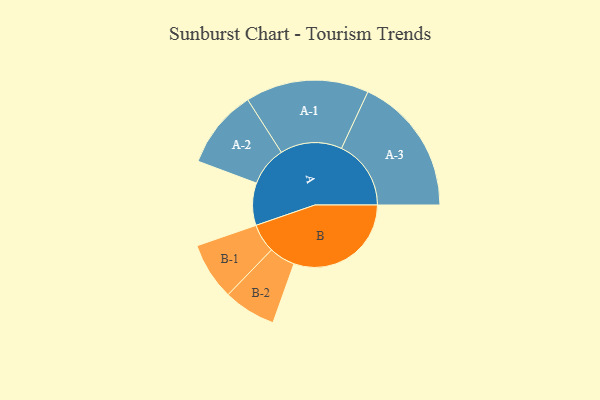
{"axis": {"x": "Segment", "y": "Value"}, "legend": ["", "A", "B"], "data": [{"x": "A", "y": 162, "type": ""}, {"x": "B", "y": 449, "type": ""}, {"x": "A-1", "y": 236, "type": "A"}, {"x": "A-2", "y": 151, "type": "A"}, {"x": "A-3", "y": 266, "type": "A"}, {"x": "B-1", "y": 110, "type": "B"}, {"x": "B-2", "y": 100, "type": "B"}]}